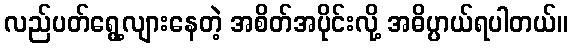
လည်ပတ်ရွေ့လျားနေတဲ့ အစိတ်အပိုင်းလို့ အဓိပ္ပာယ်ရပါတယ်။